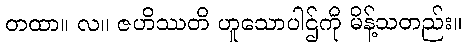
တထာ။ လ။ ဇဟိဿတိ ဟူသောပါဌ်ကို မိန့်သတည်း။